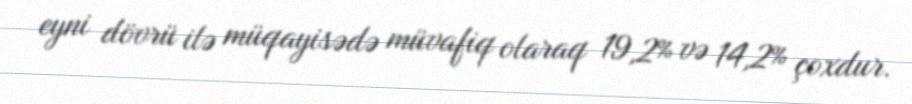
eyni dövrü ilə müqayisədə müvafiq olaraq 19,2% və 14,2% çoxdur.